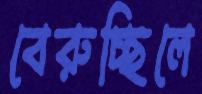
বেরুচ্ছিলে